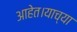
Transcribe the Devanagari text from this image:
आहेत।याच्या